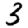
Digit: 3